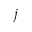
j